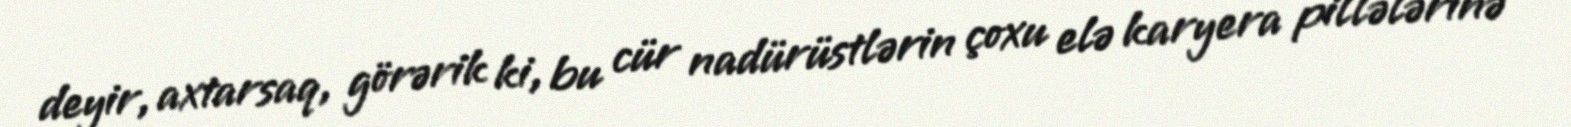
deyir, axtarsaq, görərik ki, bu cür nadürüstlərin çoxu elə karyera pillələrinə